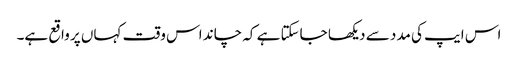
اس ایپ کی مدد سے دیکھا جاسکتا ہے کہ چاند اس وقت کہاں پر واقع ہے۔